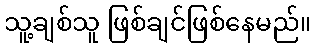
သူ့ချစ်သူ ဖြစ်ချင်ဖြစ်နေမည်။